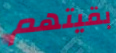
بقيتهم